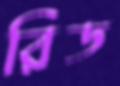
রিড